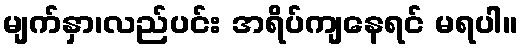
မျက်နှာ၊လည်ပင်း အရိပ်ကျနေရင် မရပါ။